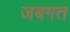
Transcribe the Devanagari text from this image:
जबगत